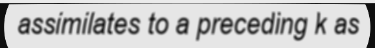
assimilates to a preceding k as